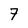
Character: 7